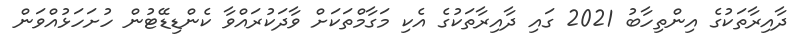
ދާއިރާތަކުގެ އިންތިހާބު 2021 ގައި ދާއިރާތަކުގެ އެކި މަގާމްތަކަށް ވާދަކުރައްވާ ކެންޑިޑޭޓުން ހުށަހަޅުއްވަން